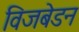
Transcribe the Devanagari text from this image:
विजबेडन